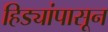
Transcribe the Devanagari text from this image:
हिड्यांपासून